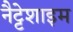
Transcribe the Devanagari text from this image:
नैट्टेशाइम